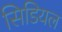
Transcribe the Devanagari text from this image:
सिडियल